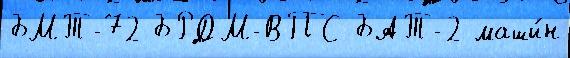
БМТ-72 БРДМ-ВПС БАТ-2 маши́н